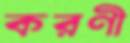
করণী